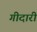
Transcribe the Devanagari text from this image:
गीदारी